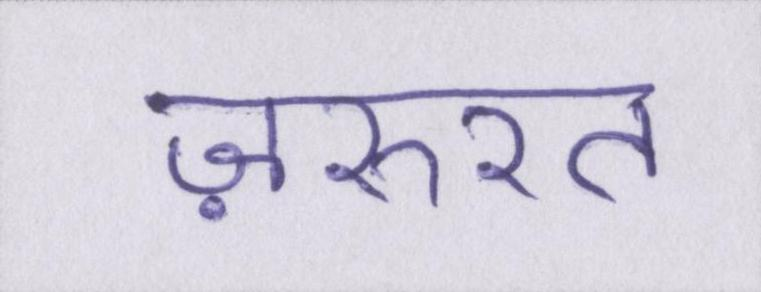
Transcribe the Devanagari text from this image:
ज़रुरत